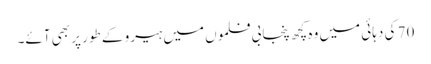
70 کی دہائی میں وہ کچھ پنجابی فلموں میں ہیرو کے طور پر بھی آئے۔